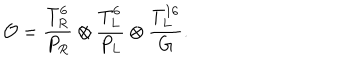
{ \cal O } = \frac { T _ { R } ^ { 6 } } { P _ { R } } \otimes \frac { T _ { L } ^ { 6 } } { P _ { L } } \otimes \frac { T _ { L } ^ { 1 6 } } { G } .